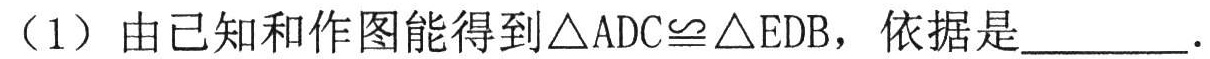
（1）由已知和作图能得到\(\triangle ADC\cong\triangle EDB\)，依据是  ．